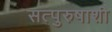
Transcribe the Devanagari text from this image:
सत्पुरुषाशी